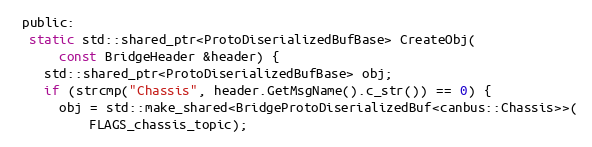
Language: C
 public:
  static std::shared_ptr<ProtoDiserializedBufBase> CreateObj(
      const BridgeHeader &header) {
    std::shared_ptr<ProtoDiserializedBufBase> obj;
    if (strcmp("Chassis", header.GetMsgName().c_str()) == 0) {
      obj = std::make_shared<BridgeProtoDiserializedBuf<canbus::Chassis>>(
          FLAGS_chassis_topic);